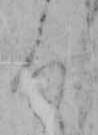
ろ